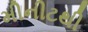
મીનીટથી